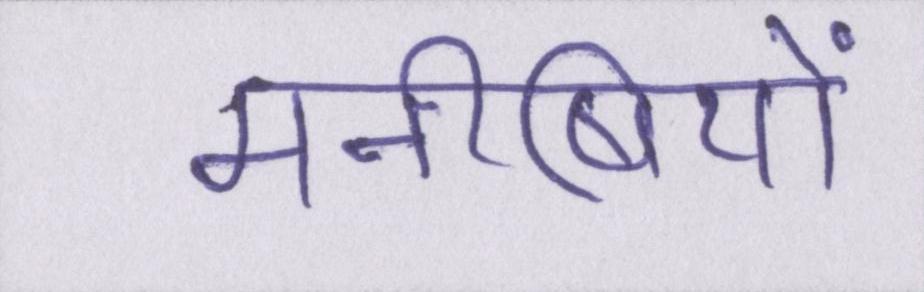
मनीषियों